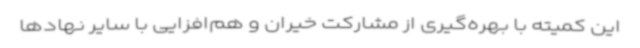
این کمیته با بهره‌گیری از مشارکت خیران و هم‌افزایی با سایر نهادها